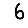
Digit: 6